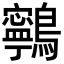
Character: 鸋